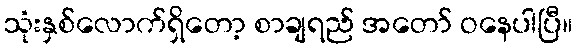
သုံးနှစ်လောက်ရှိတော့ စာချရည် အတော် ဝနေပါပြီ။